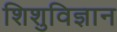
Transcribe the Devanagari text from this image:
शिशुविज्ञान